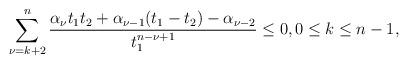
LaTeX: \begin{align*}\sum_{\nu=k+2}^{n}\dfrac{\alpha_\nu t_1t_2+\alpha_{\nu-1}(t_1-t_2)-\alpha_{\nu-2}}{t_1^{n-\nu+1}}\leq 0,0\leq k\leq n-1,\end{align*}